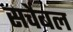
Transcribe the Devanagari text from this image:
सर्चेबल